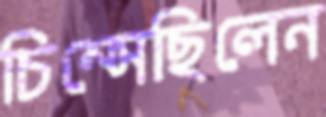
চিম্‌সেছিলেন